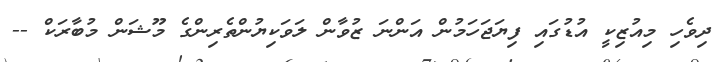
ދިވެހި މިއުޒިކީ އުޑުގައި ފިޔަޖަހަމުން އަންނަ ޒުވާން ލަވަކިޔުންތެރިންގެ މޫޝަން މުބާރަކް --